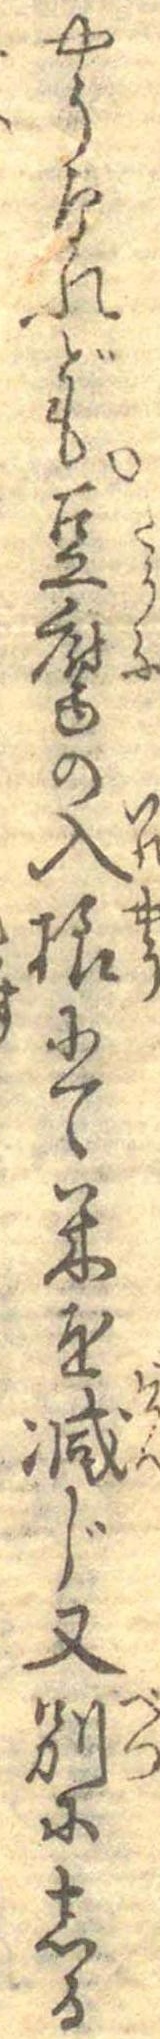
やうなれども豆腐の入様にて米を減じ又別にしる